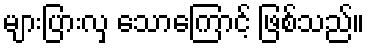
များပြားလှ သောကြောင့် ဖြစ်သည်။